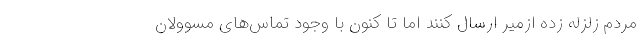
مردم زلزله زده ازمیر ارسال کنند اما تا کنون با وجود تماس‌های مسوولان